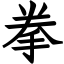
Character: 拳